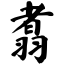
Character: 翥